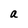
Character: a